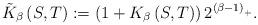
LaTeX: \begin{align*}\tilde{K}_{\beta}\left( S,T\right) :=\left( 1+K_{\beta}\left( S,T\right)\right) 2^{\left( \beta-1\right) _{+}}. \end{align*}